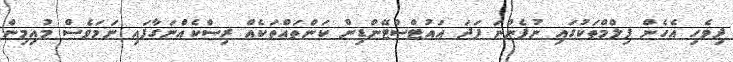
ދިވެހި އެހެން ފިލްމްތަކުގައި ނުފެންނަ ފަދަ އައުޓްސްޓޭންޑިން ކަންތައްތަކެއް ރިސްކެއްނަގާފައި ނަމަވެސް މުއިމިން